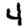
Digit: 4